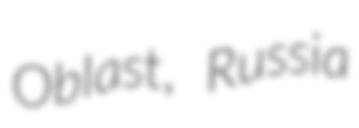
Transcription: Oblast, Russia